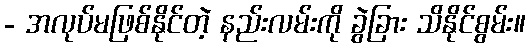
- အလုပ်မဖြစ်နိုင်တဲ့ နည်းလမ်းကို ခွဲခြား သိနိုင်စွမ်း။